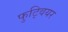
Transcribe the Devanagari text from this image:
फुट्वियर